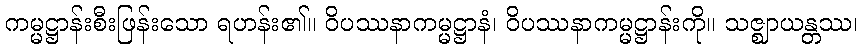
ကမ္မဋ္ဌာန်းစီးဖြန်းသော ရဟန်း၏။ ဝိပဿနာကမ္မဋ္ဌာနံ၊ ဝိပဿနာကမ္မဋ္ဌာန်းကို။ သဇ္ဈာယန္တဿ၊